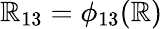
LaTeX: \mathbb{R}_{13}=\phi_{13}(\mathbb{R})